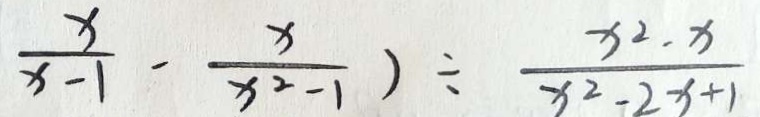
\frac { x } { x - 1 } - \frac { x } { x ^ { 2 } - 1 } ) \div \frac { x ^ { 2 } - x } { x ^ { 2 } - 2 x + 1 }